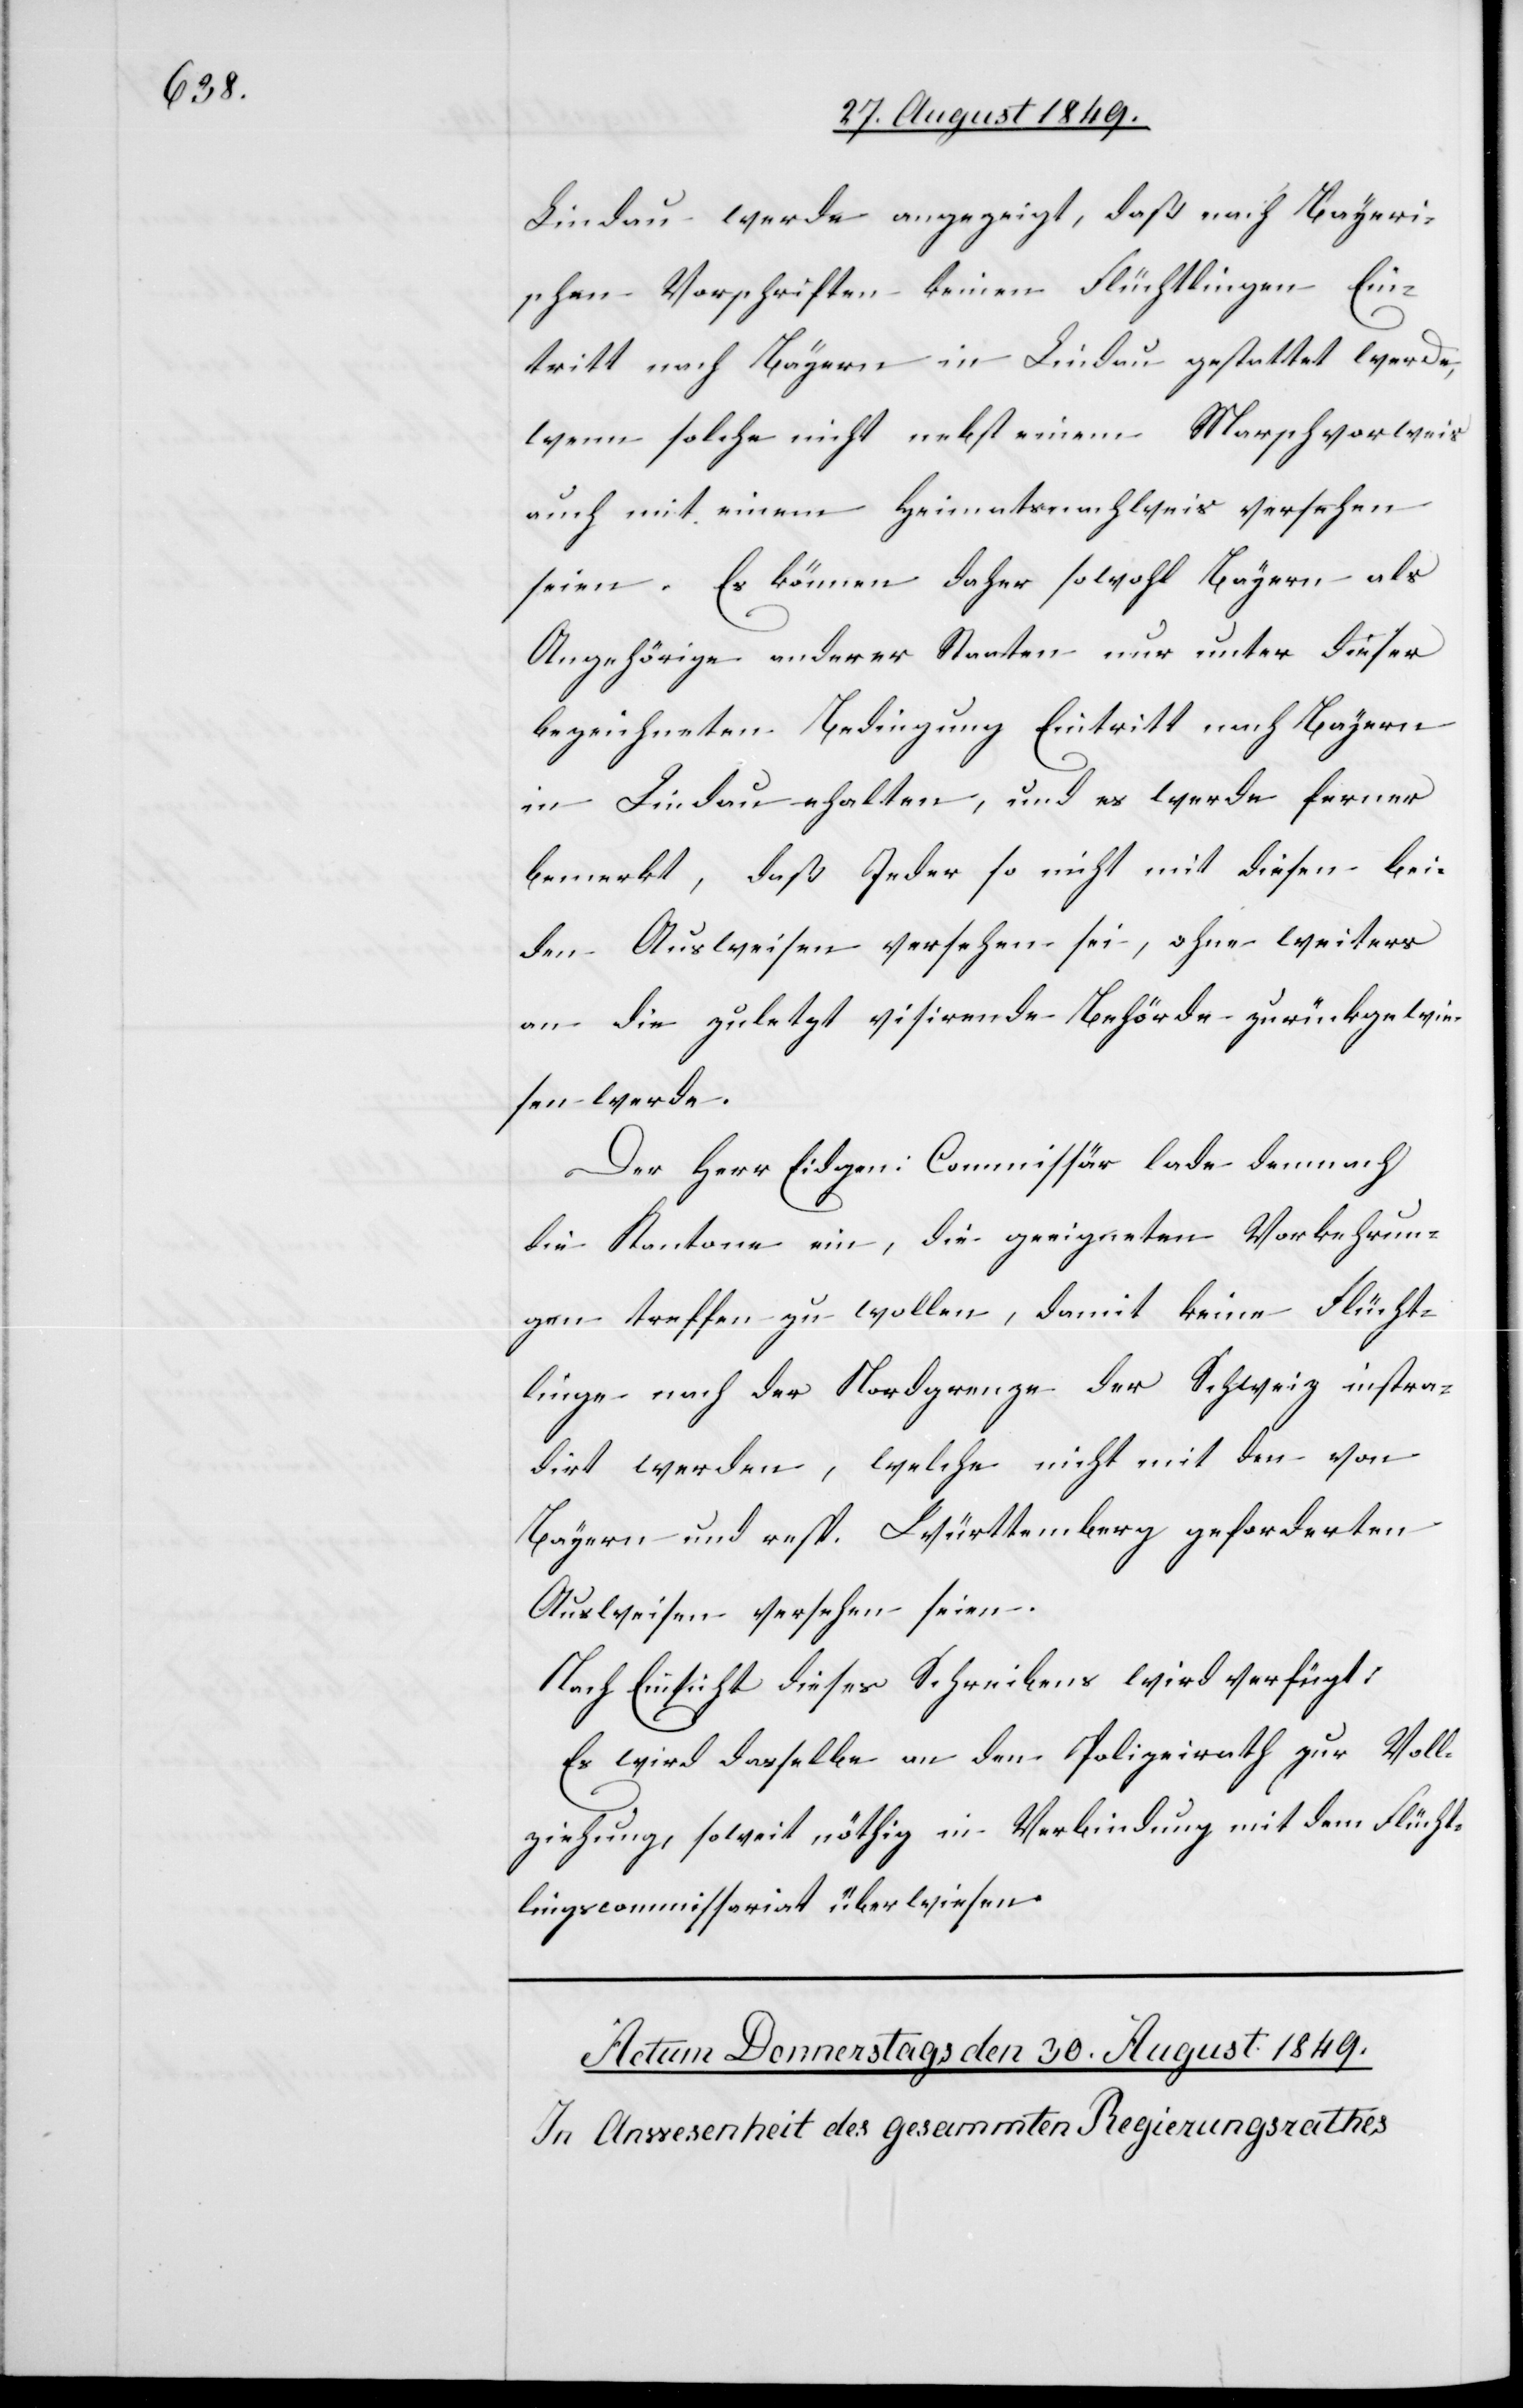
Lindau werde angezeigt, daß nach Bayeri¬
schen Vorschriften keinen Flüchtlingen Ein¬
tritt nach Bayern in Lindau gestattet werde,
wenn solche nicht nebst einem Marschvorweis
auch mit einem Heimatsnachweis versehen
seien. Es können daher sowohl Bayern als
Angehörige anderer Staaten nur unter dieser
bezeichneten Bedingung Eintritt nach Bayern
in Lindau e[r]halten, und es werde ferner
bemerkt, daß Jeder so nicht mit diesen bei¬
den Ausweisen versehen sei, ohne weiters
an die zuletzt visirende Behörde zurückgewie¬
sen werde.
Der Herr Eidgen: Commissär lade demnach
die Kantone ein, die geeigneten Vorkehrun¬
gen treffen zu wollen, damit keine Flücht¬
linge nach der Nordgrenze der Schweiz instra¬
dirt werden, welche nicht mit den von
Bayern und resp. Württemberg geforderten
Ausweisen versehen seien.
Nach Einsicht dieses Schreibens wird verfügt:
Es wird dasselbe an den Polizeirath zur Voll¬
ziehung, soweit nöthig in Verbindung mit dem Flücht¬
lingscommissariat überwiesen.